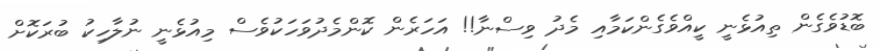
ބޮޑުވެގެން ތިއުޅެނީ ކީއްވެގެންކަމާއި މެދު ވިސްނާ!! އަހަރެން ކޮންމެދުވަހަކުވެސް މިއުޅެނީ ނުލާހިކު ބުރަކޮށް